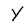
Character: Y